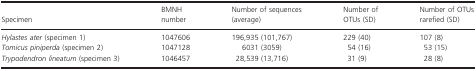
<table><thead><tr><td><b>Specimen</b></td><td><b>BMNH number</b></td><td><b>Number of sequences (average)</b></td><td><b>Number ofOTUs (SD)</b></td><td><b>Number of OTUs rarefied (SD)</b></td></tr></thead><tbody><tr><td><i>Hylastes ater</i> (specimen 1)</td><td>1047606</td><td>196,935 (101,767)</td><td>229 (40)</td><td>107 (8)</td></tr><tr><td><i>Tomicus piniperda</i> (specimen 2)</td><td>1047128</td><td>6031 (3059)</td><td>54 (16)</td><td>53 (15)</td></tr><tr><td><i>Trypodendron lineatum</i> (specimen 3)</td><td>1046457</td><td>28,539 (13,716)</td><td>31 (9)</td><td>28 (8)</td></tr></tbody></table>